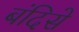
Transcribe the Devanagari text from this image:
बंदिसे